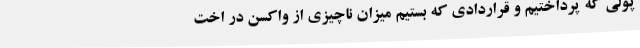
پولی که پرداختیم و قراردادی که بستیم میزان ناچیزی از واکسن در اخت